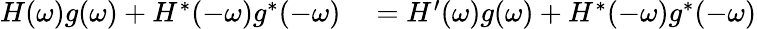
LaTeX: \begin{array}{rl}{H(\omega)g(\omega)+H^{*}(-\omega)g^{*}(-\omega)}&{{}=H^{\prime}(\omega)g(\omega)+H^{*}(-\omega)g^{*}(-\omega)}\end{array}